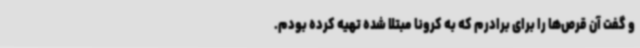
و گفت آن قرص‌ها را برای برادرم که به کرونا مبتلا شده تهیه کرده بودم.